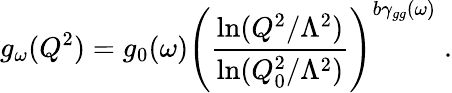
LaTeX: g_{\omega}(Q^{2})=g_{0}(\omega)\left({\frac{\ln(Q^{2}/\Lambda^{2})}{\ln(Q_{0}^{2}/\Lambda^{2})}}\right)^{b\gamma_{gg}(\omega)}\; .